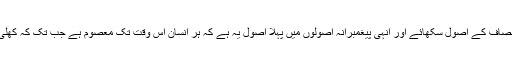
اللہ کے پیغمبروں نے انسانیت کو تہذیب اور انصاف کے اصول سکھائے اور انہی پیغمبرانہ اصولوں میں پہلا اصول یہ ہے کہ ہر انسان اس وقت تک معصوم ہے جب تک کہ کھلی عدالت میں اس پر اسکا جرم ثابت نہیں ہوجاتا۔